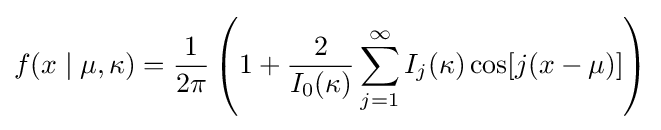
f(x\mid \mu ,\kappa )={\frac {1}{2\pi }}\left(1+{\frac {2}{I_{0}(\kappa )}}\sum _{j=1}^{\infty }I_{j}(\kappa )\cos[j(x-\mu )]\right)